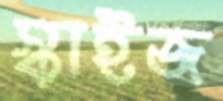
স্কাইজ